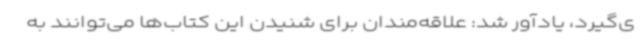
ی‌گیرد، یادآور شد: علاقه‌مندان برای شنیدن این کتاب‌ها می‌توانند به